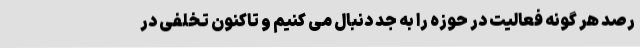
رصد هر گونه فعالیت در حوزه را به جد دنبال می کنیم و تاکنون تخلفی در